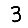
Digit: 3